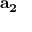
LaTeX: \mathbf { a _ { 2 } }